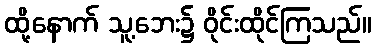
ထို့နောက် သူ့ဘေး၌ ဝိုင်းထိုင်ကြသည်။